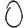
Digit: 0